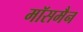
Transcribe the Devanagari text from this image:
मॉसमैन